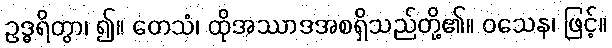
ဥဒ္ဓရိတွာ၊ ၍။ တေသံ၊ ထိုအဿာဒအစရှိသည်တို့၏။ ဝသေန၊ ဖြင့်။